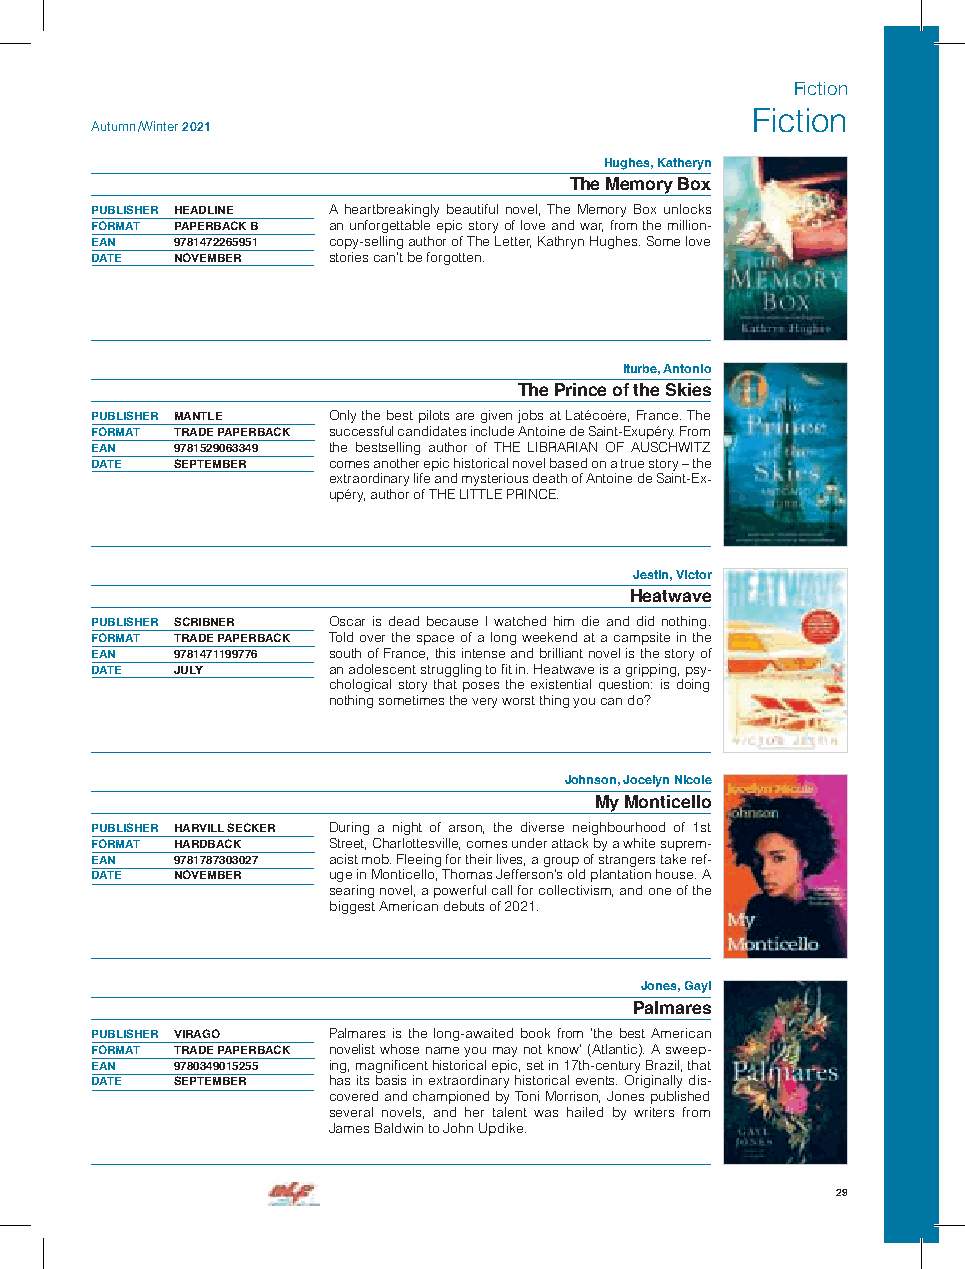
Fiction
 Fiction
 Autumn /Winter 2021
 Hughes, Katheryn
 The Memory Box
 PUBLISHER HEADLINE A heartbreakingly beautiful novel, The Memory Box unlocks
 FORMAT PAPERBACK B an unforgettable epic story of love and war, from the million-
 EAN  9781472265951 copy-selling author of The Letter, Kathryn Hughes. Some love
 DATE NOVEMBER   stories can’t be forgotten.
 Iturbe, Antonio
 The Prince of the Skies
 PUBLISHER MANTLE Only the best pilots are given jobs at Latécoère, France. The
 FORMAT TRADE PAPERBACK successful candidates include Antoine de Saint-Exupéry. From
 EAN  9781529063349 the bestselling author of THE LIBRARIAN OF AUSCHWITZ
 DATE SEPTEMBER  comes another epic historical novel based on a true story – the
 extraordinary life and mysterious death of Antoine de Saint-Ex-
 upéry, author of THE LITTLE PRINCE.
 Jestin, Victor
 Heatwave
 PUBLISHER SCRIBNER Oscar is dead because I watched him die and did nothing.
 FORMAT TRADE PAPERBACK Told over the space of a long weekend at a campsite in the
 EAN  9781471199776 south of France, this intense and brilliant novel is the story of
 DATE JULY       an adolescent struggling to fit in. Heatwave is a gripping, psy-
 chological story that poses the existential question: is doing
 nothing sometimes the very worst thing you can do?
 Johnson, Jocelyn Nicole
 My Monticello
 PUBLISHER HARVILL SECKER During a night of arson, the diverse neighbourhood of 1st
 FORMAT HARDBACK Street, Charlottesville, comes under attack by a white suprem-
 EAN  9781787303027 acist mob. Fleeing for their lives, a group of strangers take ref-
 DATE NOVEMBER   uge in Monticello, Thomas Jefferson’s old plantation house. A
 searing novel, a powerful call for collectivism, and one of the
 biggest American debuts of 2021.
 Jones, Gayl
 Palmares
 PUBLISHER VIRAGO Palmares is the long-awaited book from ’the best American
 FORMAT TRADE PAPERBACK novelist whose name you may not know’ (Atlantic). A sweep-
 EAN  9780349015255 ing, magnificent historical epic, set in 17th-century Brazil, that
 DATE SEPTEMBER  has its basis in extraordinary historical events. Originally dis-
 covered and championed by Toni Morrison, Jones published
 several novels, and her talent was hailed by writers from
 James Baldwin to John Updike.
 29